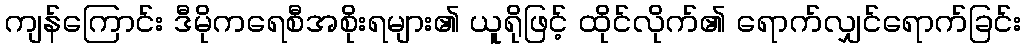
ကျန်ကြောင်း ဒီမိုကရေစီအစိုးရများ၏ ယူရိုဖြင့် ထိုင်လိုက်၏ ရောက်လျှင်ရောက်ခြင်း